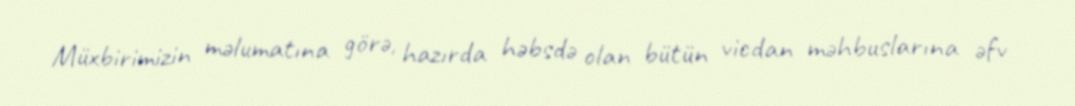
Müxbirimizin məlumatına görə, hazırda həbsdə olan bütün vicdan məhbuslarına əfv